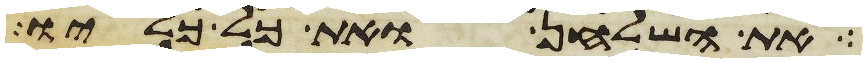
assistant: את השלחן ואת כל כליו